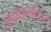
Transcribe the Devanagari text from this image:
जपमहंकरिष्ये